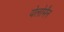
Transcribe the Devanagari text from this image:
येलोमैन